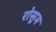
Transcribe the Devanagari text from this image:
रोसुम